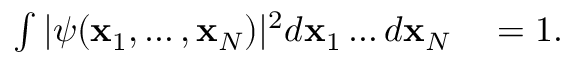
\begin{array} { r l } { \int | \psi ( \mathbf { x } _ { 1 } , \ldots , \mathbf { x } _ { N } ) | ^ { 2 } d \mathbf { x } _ { 1 } \ldots { } d \mathbf { x } _ { N } } & { { } = 1 . } \end{array}